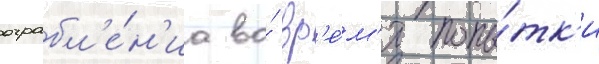
ограбл'е́н'иа во́ вр'е́м'я попы́тк'и